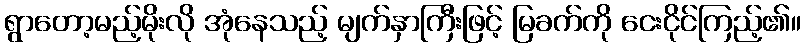
ရွာတော့မည့်မိုးလို အုံနေသည့် မျက်နှာကြီးဖြင့် မြခက်ကို ငေးငိုင်ကြည့်၏။